Report on sanitation, dispensaries, and jails in Rajputana for 1909, and on vaccination for the year 1909-1910 - 1909-1910
Year: 1909
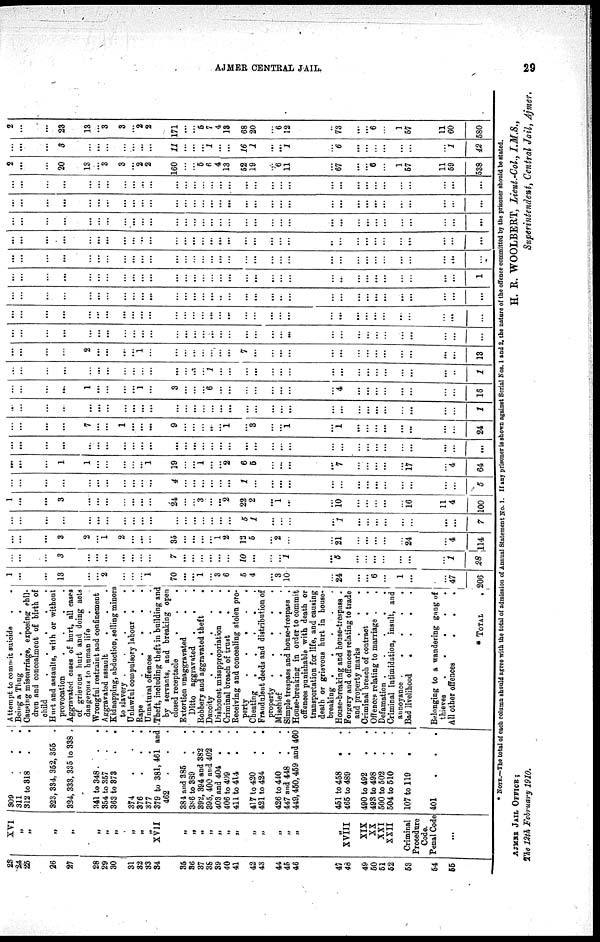
AJMER CENTRAL JAIL.
29
23
24
25
26
27
28
29
30
31
32
33
34
35
36
37
38
39
40
41
42
43
44
45
46
47
48
49
50
51
52
53
54
55
XVI
„
„
„
„
„
„
„
„
„
„
XVII
„
„
„
„
„
„
„
„
„
„
„
„
„
XVIII
XIX
XX
XXI
XXII
Criminal
Procedure
Code.
Penal Code
...
309 . . .
311
. . .
312 to 318 . .
323, 334, 352, 355 .
324, 333, 335 to 338 .
341 to 348 .
. . .
354 to 357 . .
363 to 373 . .
374
.
. .
376
.
.
.
377 . .
379 to 381, 461 and
462
. . .
384 and 385 . .
386 to 389 . .
392, 394 and 382 .
395, 400 and 402 .
403 and 404 . .
406 to 409 . .
411 to 414 . .
417 to 420 . .
421 to 424 . .
426 to 440 . .
447 and 448 . .
449,460,469 and 460
451 to 458 . .
466 to 489 . .
490 to 492 . .
493 to 498 . .
500 to 502 . .
504 to 510 . .
107 to 119 . .
401
.
. .
Attempt to commit suicide . .
Being a Thug . . .
Causing miscarriage, exposing chil¬
dren and concealment of birth of
child
. . . . .
Hurt and assaults, with or without
provocation
. . . .
Aggravated cases of hurt, all cases
or grievous hurt and doing acts
dangerous to human life .
Wrongful restraint and confinement
Aggravated assault
. . .
Kidnapping, abduction, selling minors
to slavery . . .
Unlawful compulsory labour . .
Rape
. . . . .
Unnatural offences . . .
Theft, including theft in building and
by servants, and breaking open
closed receptacle . . .
Extortion unaggravated . .
Ditto aggravated .
. .
Robbery and aggravated theft
.
Dacoity
.
.
.
.
.
Dishonest misappropriation . .
Criminal breach of trust
.
.
Receiving and concealing stolen pro¬
perty
.
.
.
.
.
Cheating
.
.
.
. .
Fraudulent deeds and distribution of
property .
.
.
.
.
Mischief
. . . . .
Simple trespass and house-trespass .
House-breaking in order to commit
offences punishable with death or
transportation for life, and causing
death or grievous hurt in house¬
breaking .
.
.
.
.
House-breaking and house-trespass .
Forgery and offences relating to trade
and property marks . . .
Criminal breach of contract .
.
Offences relating to marriage . .
Defamation .
.
.
.
.
Criminal intimidation, insult, and
annoyance .
.
.
.
.
Bad livelihood
.
.
.
.
Belonging to a wandering gang of
thieves
.
.
.
.
.
All other offences
.
.
.
* TOTAL .
1
...
...
13
...
...
2
...
...
... 1
70
...
...
1
...
3
6
5
4
...
3
10
...
24
...
...
6
...
1
...
...
47
206
...
...
...
3
...
...
...
...
...
...
...
7
...
...
...
...
...
...
10
...
...
...
1
...
5
...
...
...
...
...
...
...
1
28
...
...
...
3
2
...
1
2
...
...
...
35
...
...
...
...
1
2
19
5
...
2
...
...
21
...
...
...
...
...
24
...
4
114
...
...
...
...
...
...
...
...
...
...
...
...
...
...
...
...
...
...
5
1
...
...
...
...
1
...
...
...
...
...
...
...
...
7
1
...
...
3
...
...
...
...
...
...
...
24
...
...
3
...
...
2
22
2
...
1
...
...
10
...
...
...
...
...
16
11
4
100
...
...
...
...
...
...
...
...
...
...
...
4
...
...
...
...
...
...
1
...
...
...
...
...
...
...
...
...
...
...
...
...
...
5
...
...
...
1
1
...
...
...
...
...
1
19
...
...
1
...
...
2
6
5
...
...
...
...
7
...
...
...
...
...
17
...
4
64
...
...
...
...
...
...
...
...
...
...
...
...
...
...
...
...
...
...
...
...
...
...
...
...
...
...
...
...
...
...
...
...
...
...
...
...
...
...
7
...
...
1
...
...
...
9
...
...
...
..
...
1
...
3
...
...
1
...
1
...
...
...
...
...
...
...
...
24
...
...
...
...
...
...
...
...
...
...
...
...
...
...
...
...
...
...
...
...
...
...
...
...
...
...
...
...
...
...
...
...
...
1
...
...
...
...
1
...
...
...
...
1
...
3
...
...
...
6
...
...
...
...
...
...
...
...
4
...
...
...
...
...
...
...
...
16
...
...
...
...
...
...
...
...
...
...
...
...
...
...
...
1
...
...
...
...
...
...
...
...
...
...
...
...
...
...
...
...
..
1
...
...
...
...
2
...
...
...
...
1
...
...
...
...
...
...
...
...
7
...
...
...
...
...
...
...
...
...
...
...
...
...
...
13
...
...
...
...
...
...
...
...
...
...
...
...
...
...
...
...
...
...
...
...
...
...
...
...
...
...
...
...
...
...
...
...
...
...
...
...
...
...
...
...
...
...
...
...
...
...
...
...
...
...
...
...
...
...
...
...
...
...
...
...
...
...
...
...
...
...
...
...
...
...
...
...
...
...
...
...
...
...
...
...
...
...
...
...
..
...
...
...
...
..
...
...
...
...
...
...
...
...
...
...
...
...
...
...
...
...
...
...
...
...
...
...
...
...
...
...
...
...
...
...
...
...
...
...
...
...
..
...
...
...
...
...
...
...
...
1
...
...
...
...
...
...
...
...
...
...
...
...
...
...
...
...
...
...
...
...
...
...
...
...
...
...
...
...
...
...
...
...
...
...
...
...
...
...
...
...
...
...
...
..
...
...
...
...
...
...
...
...
...
...
...
...
...
...
...
...
...
...
...
...
...
...
...
...
...
...
...
...
...
...
...
...
...
...
...
...
...
...
...
...
...
...
...
...
...
...
...
...
...
...
...
...
...
...
...
...
...
...
...
...
...
...
...
...
...
...
...
...
...
...
...
...
...
...
...
...
...
...
...
...
...
...
...
...
...
...
...
...
...
...
...
...
...
...
...
...
...
...
...
...
...
...
...
...
...
...
...
...
...
...
...
...
...
...
...
...
...
...
...
...
...
...
...
...
...
...
2
...
...
20
13
...
3
3
...
2
2
160
...
...
5
6
4
13
52
19
...
6
11
...
67
...
...
6
...
1
57
11
59
538
...
...
...
3
...
...
...
...
...
...
...
11
...
...
...
1
...
...
16
1
...
...
1
...
6
...
...
...
...
...
...
...
1
42
2
...
...
23
13
...
3
3
...
2
2
171
...
...
5
7
4
13
68
20
...
6
12
...
73
...
...
6
...
1
57
11
60
580
* NOTE.—The total of each column should agree with the total of admission of Annual Statement No. 1. If any prisoner is shown against Serial Nos. 1 and 2, the nature of the offence committed by the prisoner should be stated.
H. R. WOOLBERT, Lieut.-Col., I.M.S.,
Superintendent, Central Jail, Ajmer.
AJMER JAIL OFFICE;
The 12th February 1910.